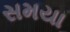
સમયા